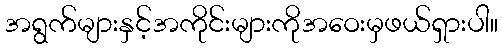
အရွက်များနှင့်အကိုင်းများကိုအဝေးမှဖယ်ရှားပါ။